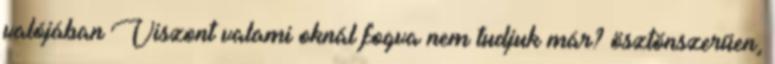
valójában Viszont valami oknál fogva nem tudjuk már? ösztönszerűen,